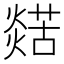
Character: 𤐞